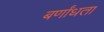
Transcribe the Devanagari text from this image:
बर्णांधता